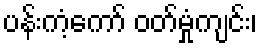
ပန်းကံ့ကော် ဝတ်မှုံကျင်း၊